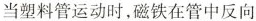
当塑料管运动时，磁铁在管中反向